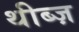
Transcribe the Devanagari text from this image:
थीब्ज़